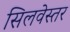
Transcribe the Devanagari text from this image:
सिलवेस्तर